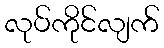
လုပ်ကိုင်လျက်